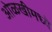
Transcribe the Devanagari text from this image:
ओळखीमध्ये